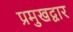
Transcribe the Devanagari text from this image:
प्रमुखद्वार